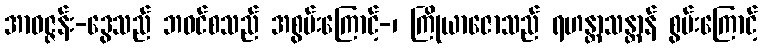
အာဝဇ္ဇန်း-ဒွေသည် ဘဝင်စသည် အစွမ်းကြောင့်-၊ ကြိုယာဇောသည် ရဟန္တာသန္တာန် စွမ်းကြောင့်